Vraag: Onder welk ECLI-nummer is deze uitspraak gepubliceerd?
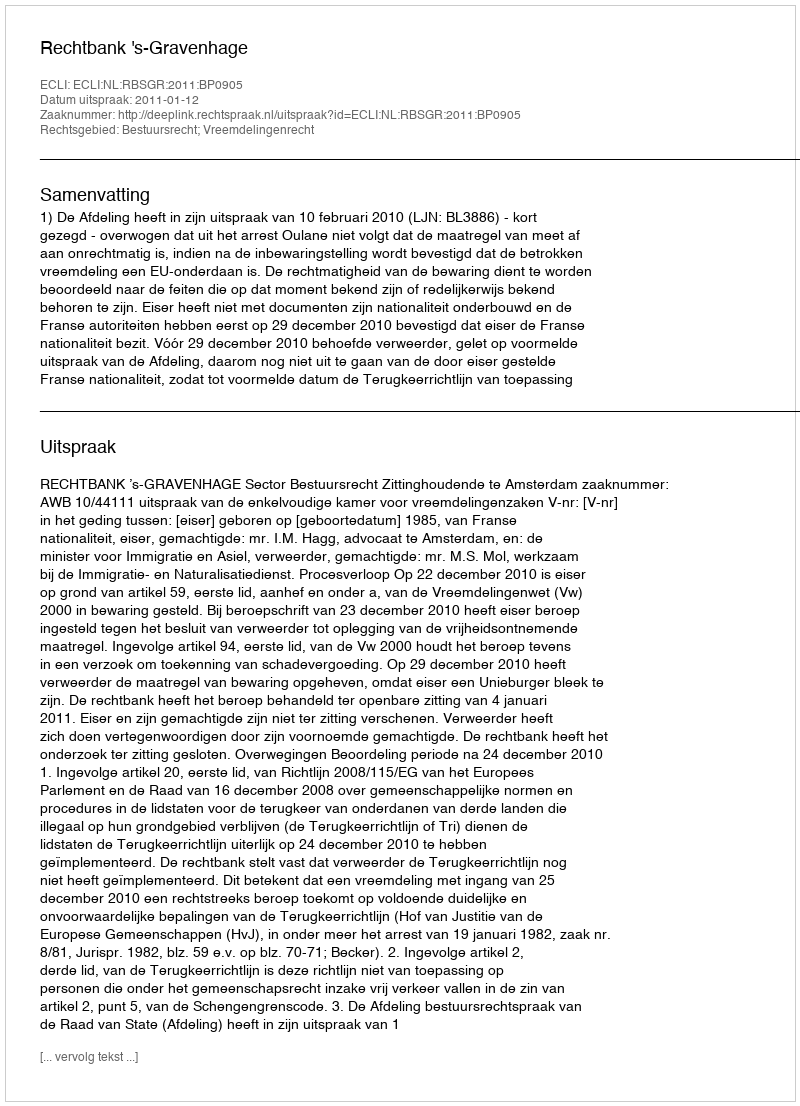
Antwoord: ECLI:NL:RBSGR:2011:BP0905